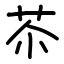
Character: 苶